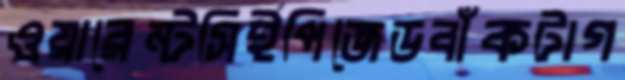
ওয়ারেন্টসিইপিজেডবাঁকটাগ